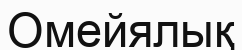
Омейялық